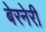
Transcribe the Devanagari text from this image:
बेरनेरी